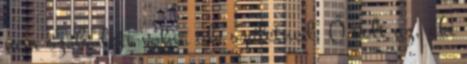
nem szabadott volna ide születned. Ő volt az, aki